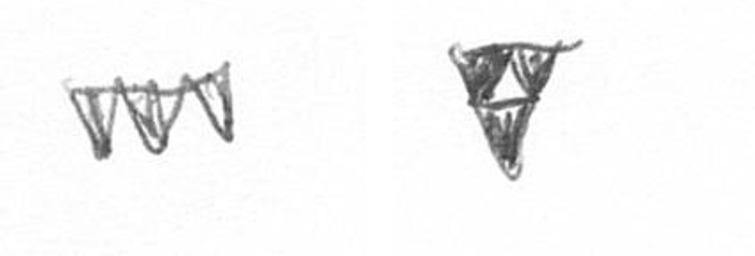
L S